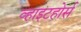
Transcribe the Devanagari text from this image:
व्हाइटहोर्स